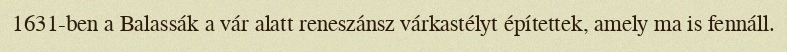
1631-ben a Balassák a vár alatt reneszánsz várkastélyt építettek, amely ma is fennáll.